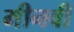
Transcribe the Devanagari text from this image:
मीनवी